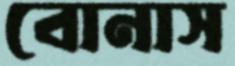
বোনাস